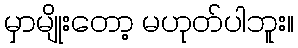
မှာမျိုးတော့ မဟုတ်ပါဘူး။